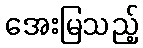
အေးမြသည့်